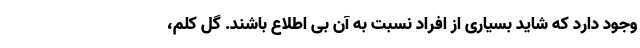
وجود دارد که شاید بسیاری از افراد نسبت به آن بی اطلاع باشند. گل کلم،